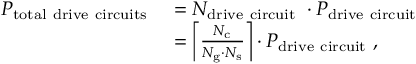
\begin{array} { r l } { P _ { \mathrm { t o t a l ~ d r i v e ~ c i r c u i t s ~ } } } & { = N _ { \mathrm { d r i v e ~ c i r c u i t ~ } } \cdot P _ { \mathrm { d r i v e ~ c i r c u i t ~ } } } \\ & { = \left\lceil \frac { N _ { \mathrm { c } } } { N _ { \mathrm { g } } \cdot N _ { \mathrm { s } } } \right\rceil \cdot P _ { \mathrm { d r i v e ~ c i r c u i t ~ } } , } \end{array}